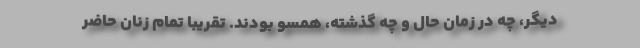
دیگر، چه در زمان حال و چه گذشته، همسو بودند. تقریباً تمام زنان حاضر